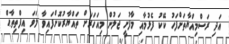
އަދި ރަސްމިއްޔާތަށްފަހު ކޭކު ފެޅުމާއި މާފުށީ ޖަލުން މިއަހަރަށް ތައްޔާރުކޮށްފައިވާ ލަވަ އިފްތިތާޙް